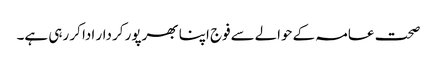
صحت عامہ کےحوالےسےفوج اپنا بھرپور کردار ادا کر رہی ہے۔